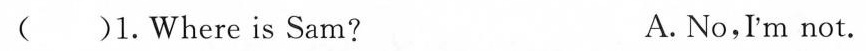
( )1.Where is Sam? A. No,I'm not.